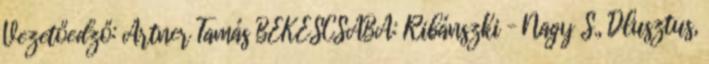
Vezetőedző: Artner Tamás BÉKÉSCSABA: Ribánszki – Nagy S., Dlusztus,